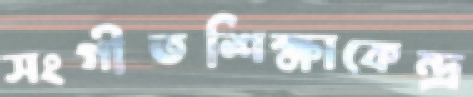
সংগীতশিক্ষাকেন্দ্র